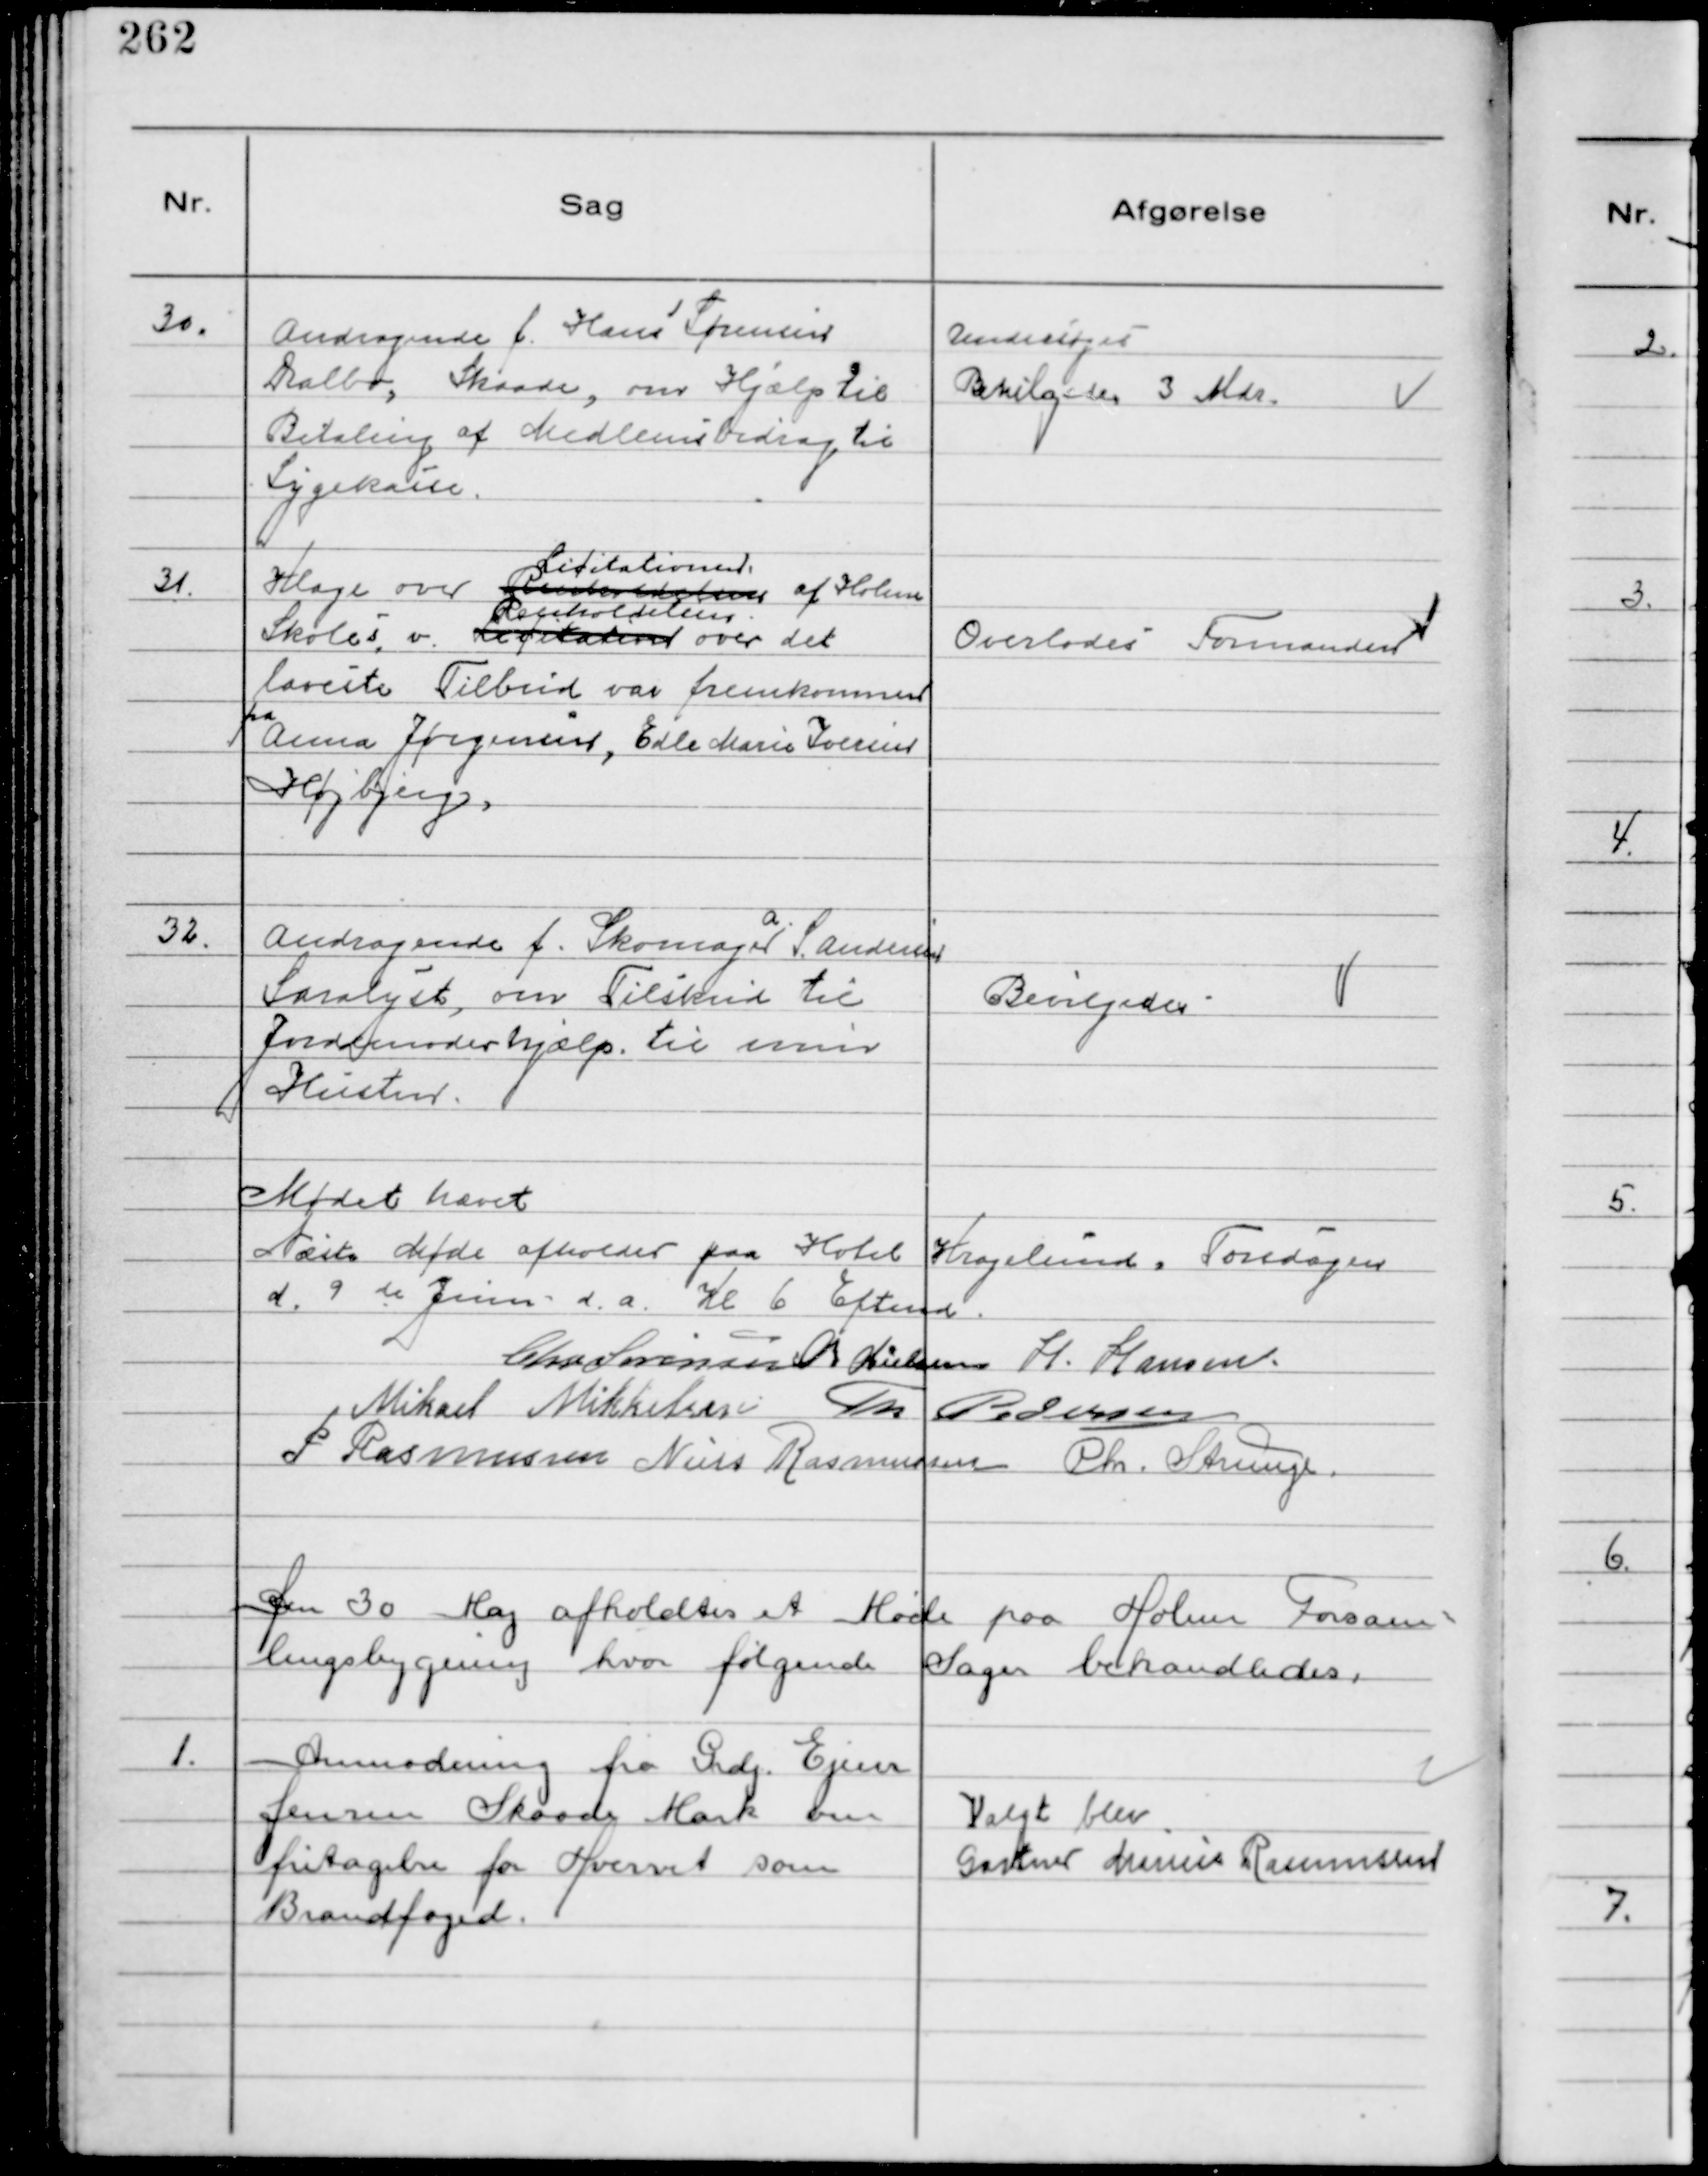
Transskription:
30.
Andragende f. Hans Sørensen
Dalbo, Skaade, om Hjælp til
Betaling af Medlemsbidrag til
Sygekasse.

Undersøges
Bevilgedes 3 Mdr.

31.
Klage over Renholdelsen
Licitationen
af Holme
Skoles v. Licitation
Renholdelsen
over det
første Tilbud var fremkommen
fra
Anna Jørgensen, Edle Marie Iversen
Højbjerg.

Overlodes Formanden

32.
Andragende f. Skomager
A.
S. Andersen
Saralyst, om Tilskud til
Jordemoderhjælp til min
Hustru.

Bevilgedes

Mødet hævet
Næste Møde afholdes paa Hotel Kragelund. Torsdagen
d. 9 de Juni d.a. Kl 6 Eftemd.
Chr Sørensen Chr Nielsen H. Hansen.
Mikael Mikkelsen Th Pedersen
P Rasmussen Niels Rasmussen Chr. Strunge.

Den 30 Maj afholdtes et Møde paa Holme Forsam-
lingsbygning hvor følgende Sager behandledes.

1.
Anmodning fra Grdj. Ejner
Jensen Skaade Mark om
fritagelse for Hvervet som
Brandfoged.

Valgt blev
Gartner Marius Rasmussen